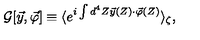
{ \cal G } [ \vec { y } , \vec { \varphi } ] \equiv \langle e ^ { i \int d ^ { 4 } Z \vec { y } ( Z ) \cdot \vec { \varphi } ( Z ) } \rangle _ { \zeta } ,